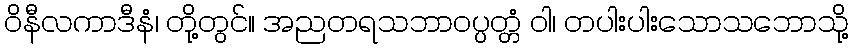
ဝိနီလကာဒီနံ၊ တို့တွင်။ အညတရသဘာဝပ္ပတ္တံ ဝါ၊ တပါးပါးသောသဘောသို့